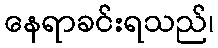
နေရာခင်းရသည်၊